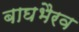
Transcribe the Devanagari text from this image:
बाघभैरव